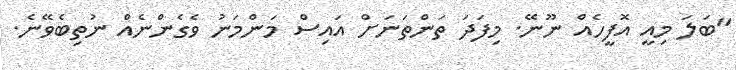
"ބަލަ މިއީ އޮފީހެއް ނޫނޭ. މިފަދަ ތަންތަނަށް އައިސް މަންމަނު ވެގެންނެއް ނުތިބެވޭނެ.